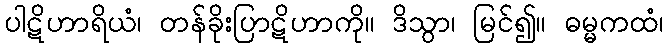
ပါဋိဟာရိယံ၊ တန်ခိုးပြာဋိဟာကို။ ဒိသွာ၊ မြင်၍။ ဓမ္မကထံ၊